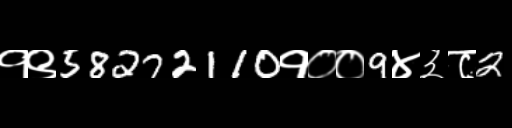
Text: १९58272110१००9४३८2